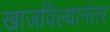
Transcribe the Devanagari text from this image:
खाजविल्यानंतर